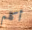
أكلم